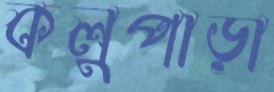
কলুপাড়া